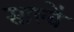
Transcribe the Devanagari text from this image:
साल्वें